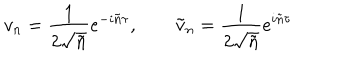
LaTeX: v _ { n } = \frac { 1 } { 2 \sqrt { \tilde { n } } } e ^ { - i \tilde { n } \tau } , \qquad \tilde { v } _ { n } = \frac { 1 } { 2 \sqrt { \tilde { n } } } e ^ { i \tilde { n } \tau }